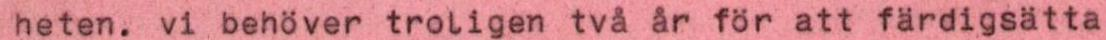
heten. vi behöver troligen två år för att färdigsätta